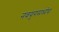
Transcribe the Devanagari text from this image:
नवयुगमध्येच